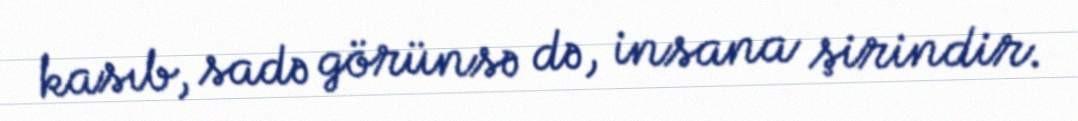
kasıb, sadə görünsə də, insana şirindir.